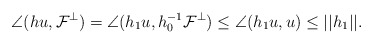
\begin{align*}\angle(hu,\mathcal{F}^\perp)=\angle(h_1u,h_0^{-1}\mathcal{F}^\perp)\leq \angle(h_1u,u)\leq ||h_1||.\end{align*}